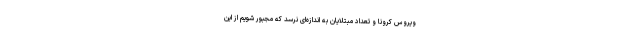
ویروس کرونا و تعداد مبتلایان به اندازه‌ای نرسد که مجبور شویم از این